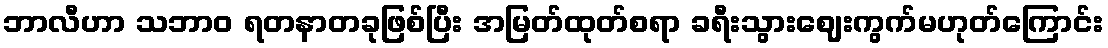
ဘာလီဟာ သဘာဝ ရတနာတခုဖြစ်ပြီး အမြတ်ထုတ်စရာ ခရီးသွားဈေးကွက်မဟုတ်ကြောင်း